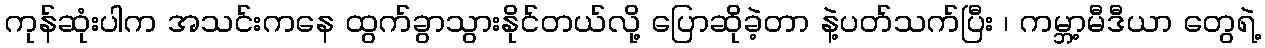
ကုန်ဆုံးပါက အသင်းကနေ ထွက်ခွာသွားနိုင်တယ်လို့ ပြောဆိုခဲ့တာ နဲ့ပတ်သက်ပြီး ၊ ကမ္ဘာ့မီဒီယာ တွေရဲ့